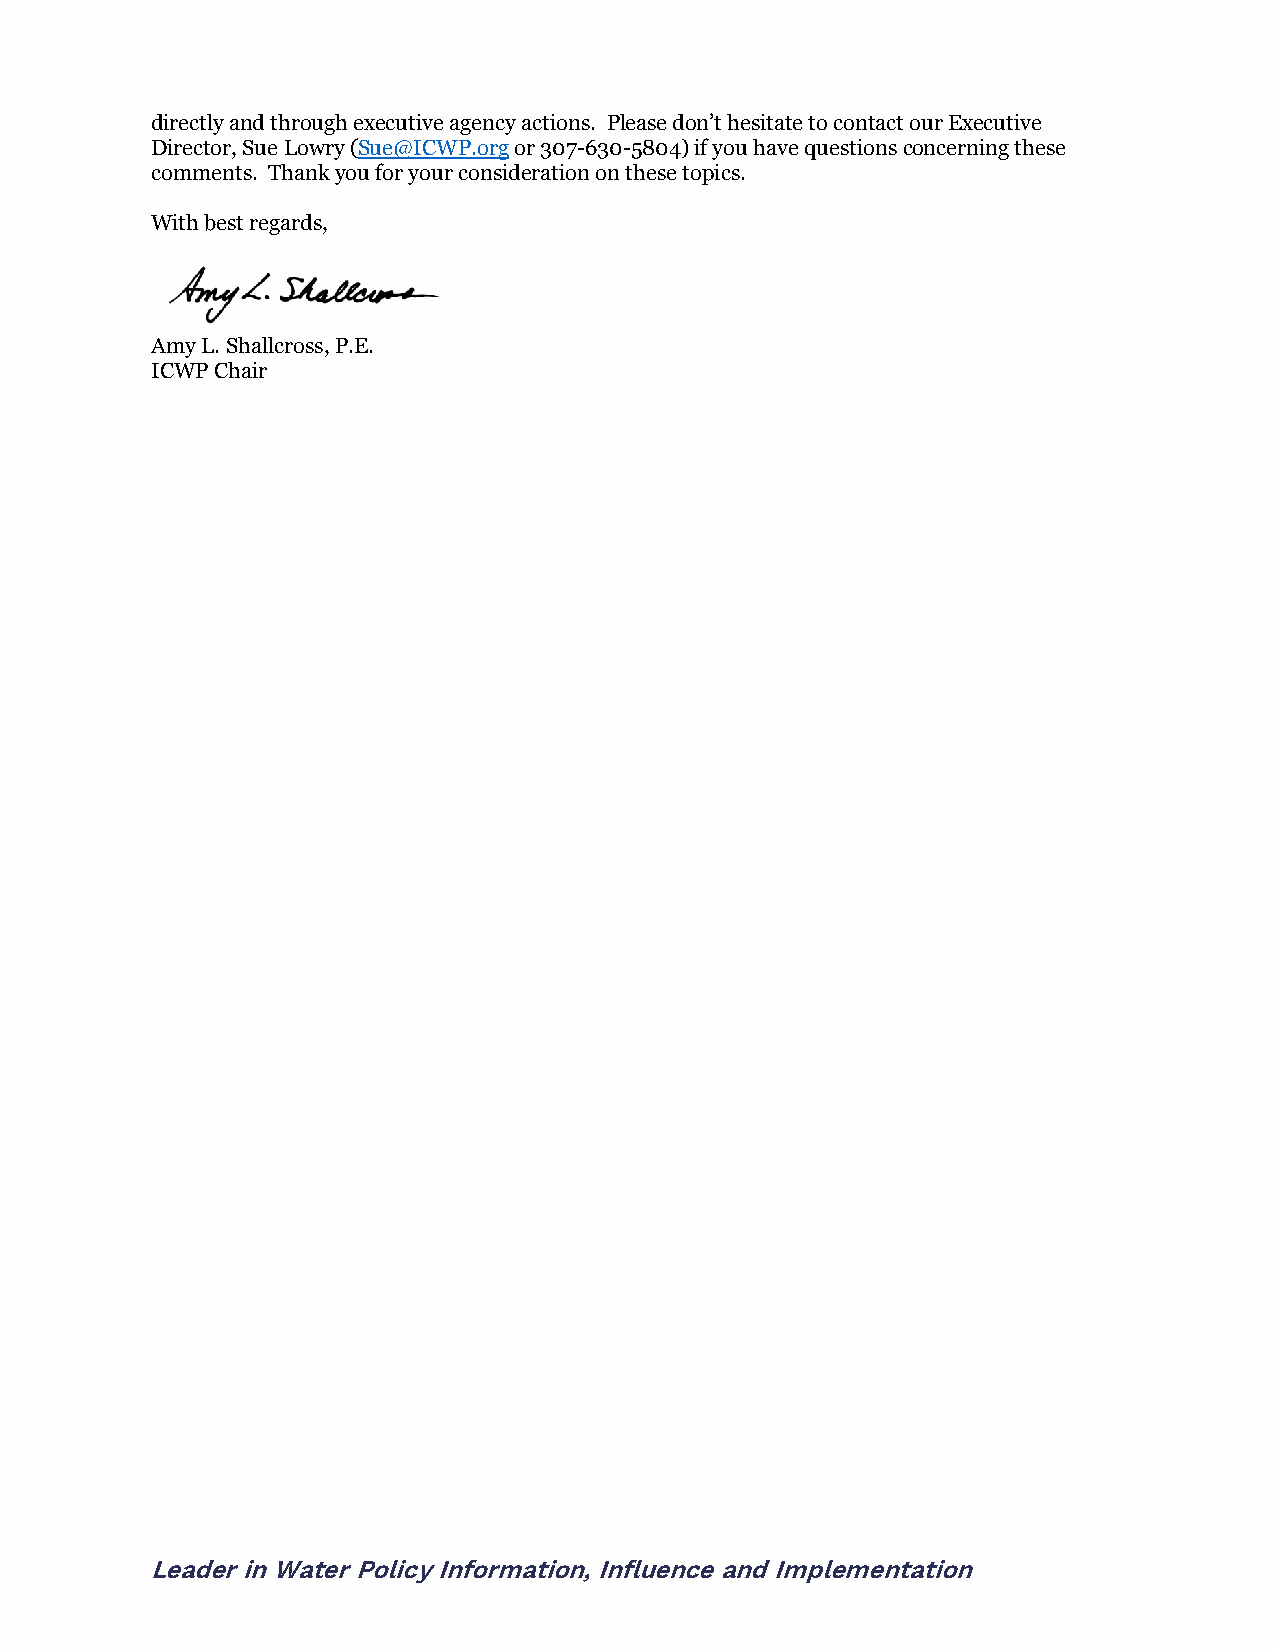
directly and through executive agency actions. Please don’t hesitate to contact our Executive
 Director, Sue Lowry (Sue@ICWP.org or 307-630-5804) if you have questions concerning these
 comments. Thank you for your consideration on these topics.
 With best regards,
 Amy L. Shallcross, P.E.
 ICWP Chair
 Leader in Water Policy Information, Influence and Implementation